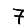
Digit: 7